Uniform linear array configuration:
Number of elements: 8
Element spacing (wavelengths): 0.75
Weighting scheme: exponential
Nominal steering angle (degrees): -45
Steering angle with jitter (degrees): -43.549
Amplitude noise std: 0.05
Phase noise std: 0.05

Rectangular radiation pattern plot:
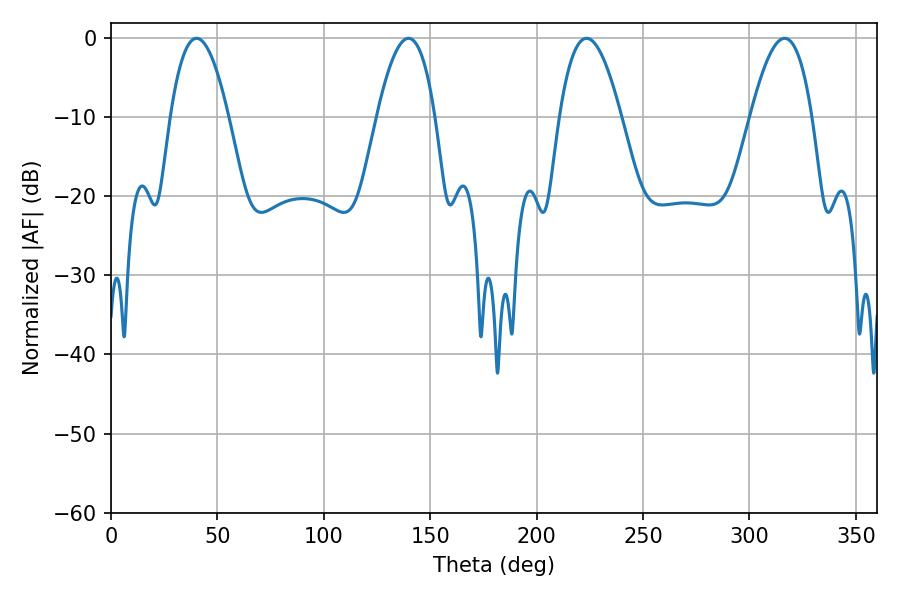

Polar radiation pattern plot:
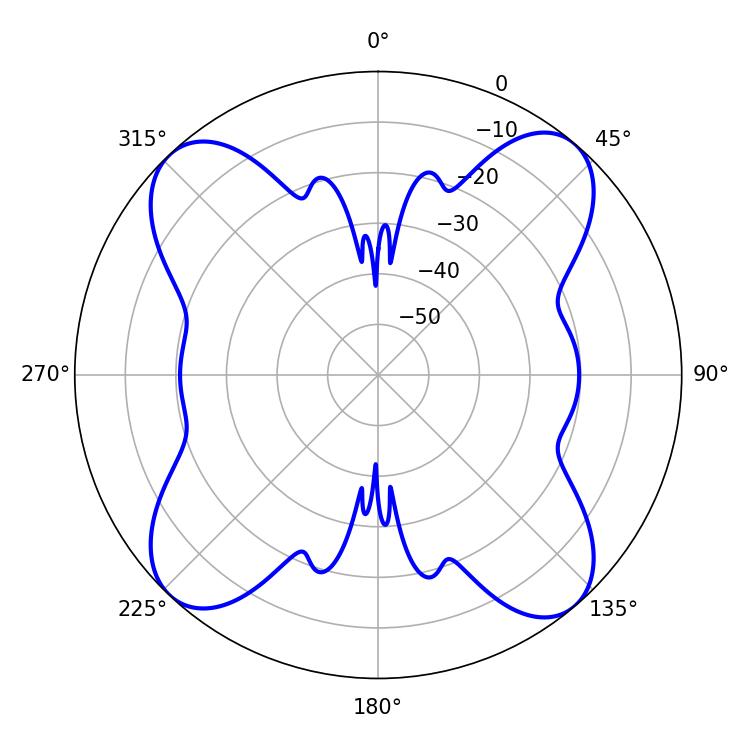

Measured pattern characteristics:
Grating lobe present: TRUE
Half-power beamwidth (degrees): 14.94
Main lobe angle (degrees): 40.14